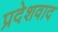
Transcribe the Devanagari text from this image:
प्रदेशवाद